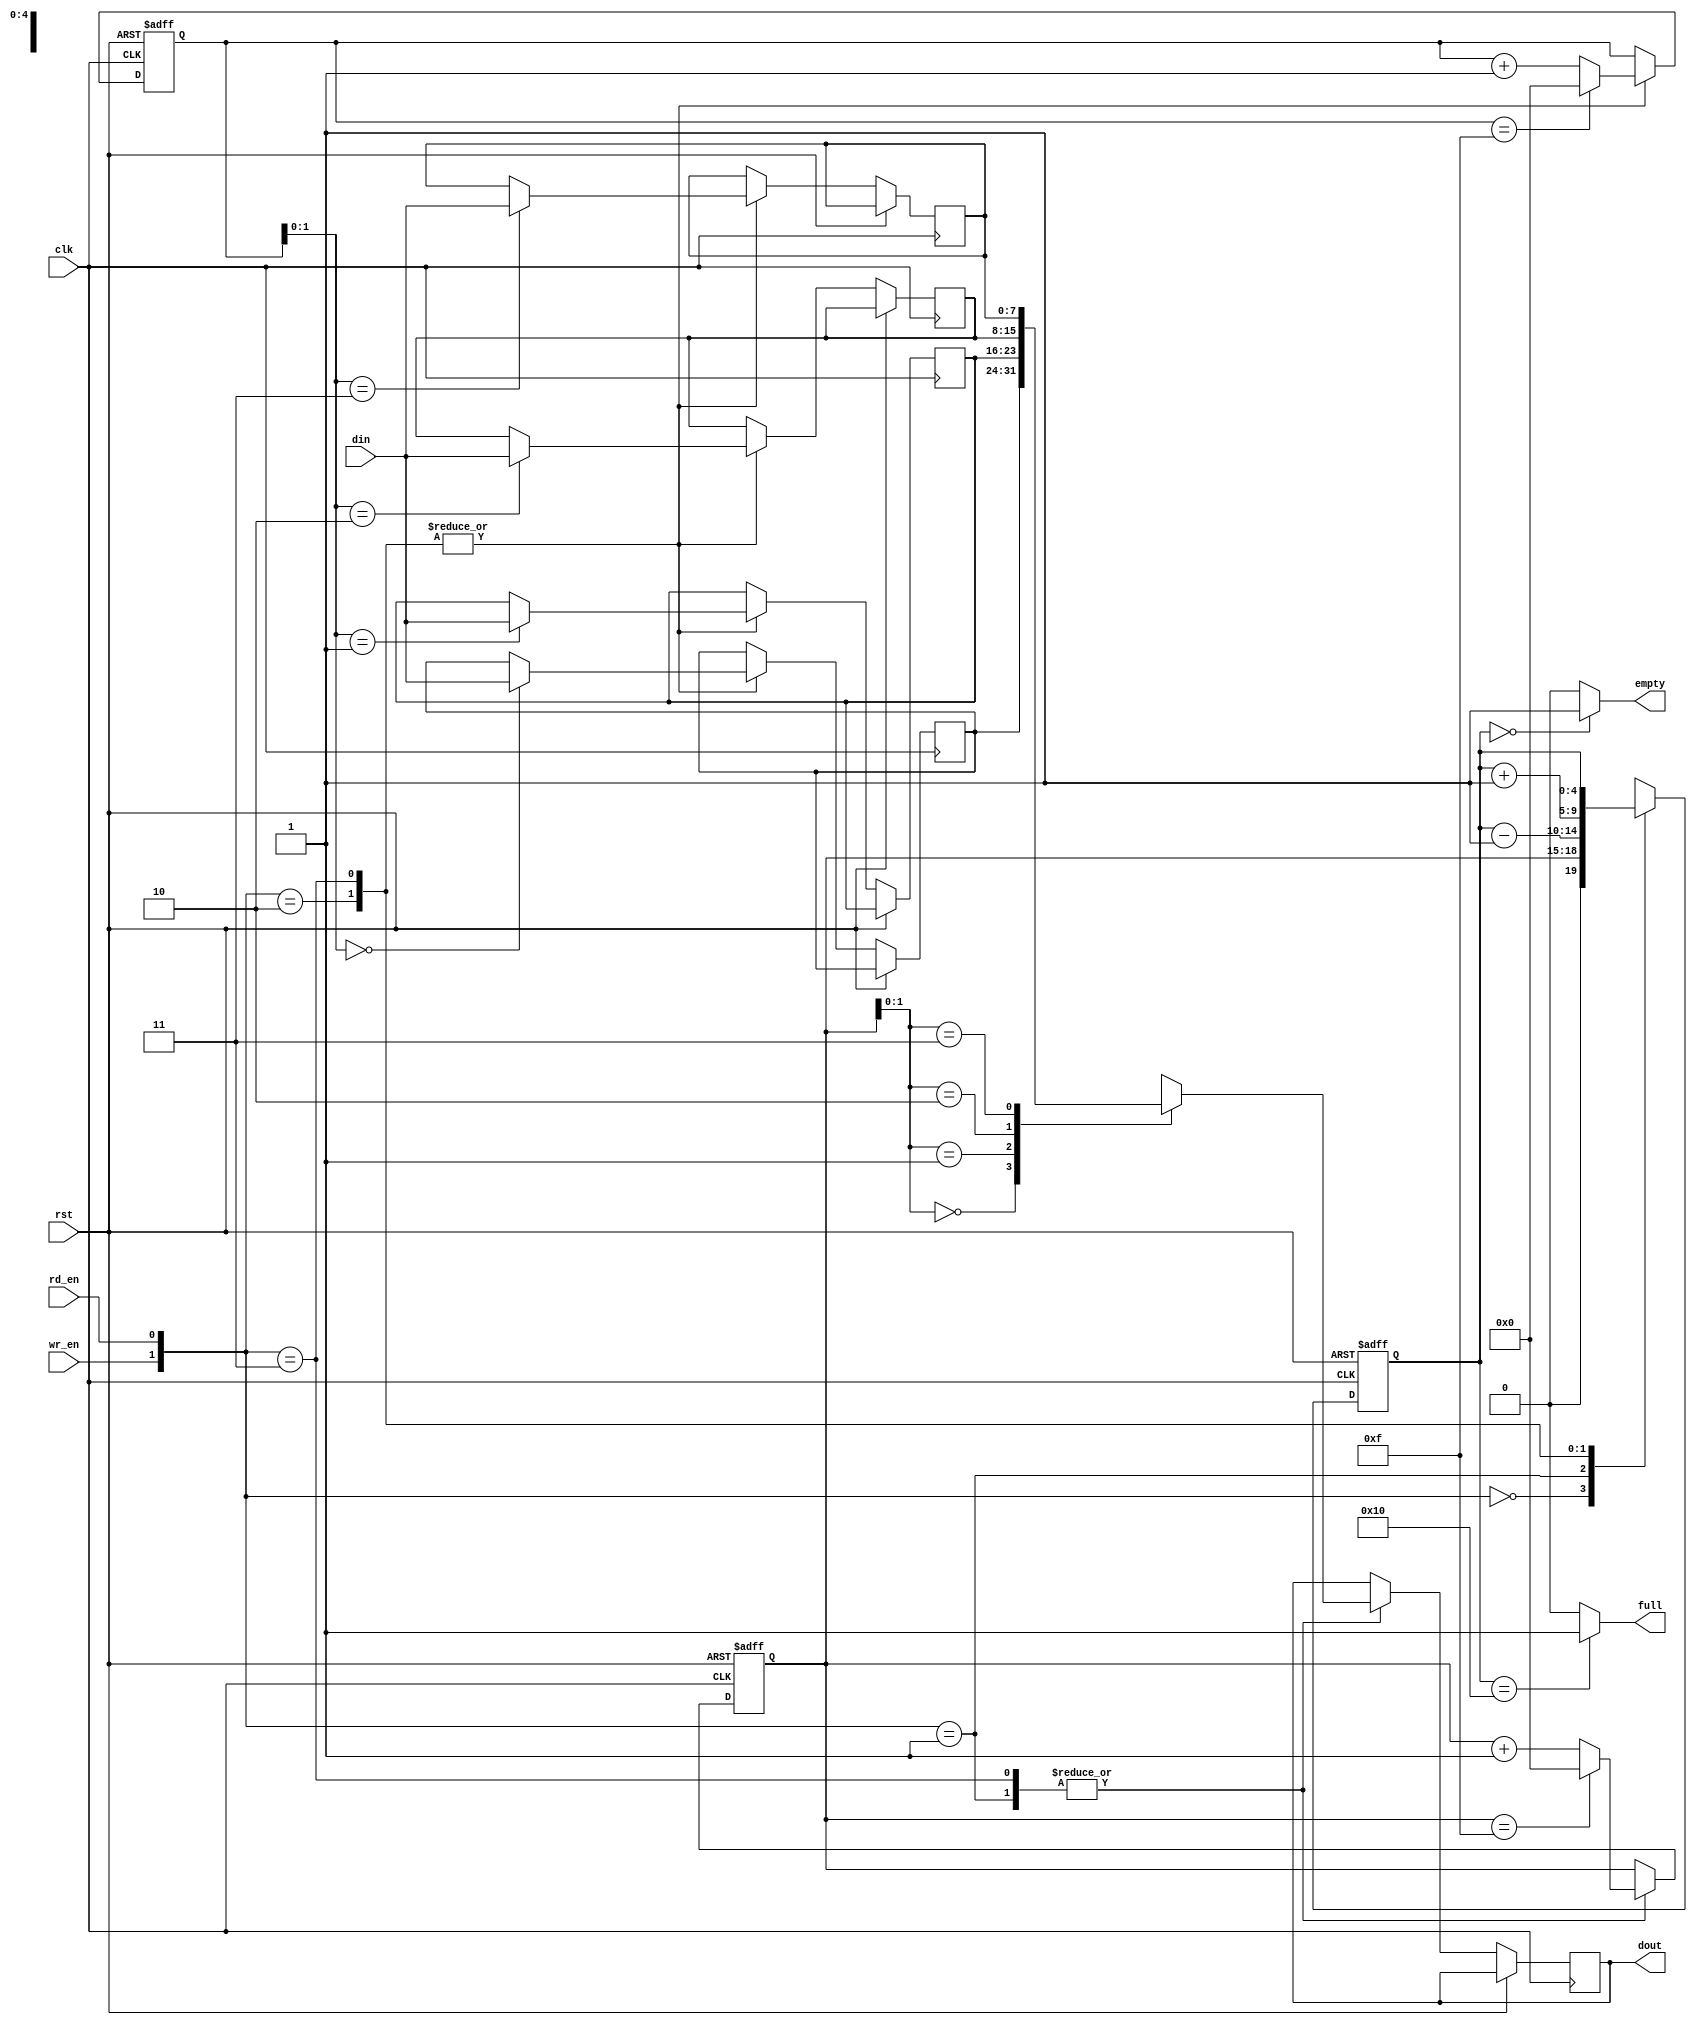
module FIFO_syn (clk,rst,din,dout,wr_en,rd_en,full,empty);
input clk,rst,wr_en,rd_en;
input [7:0] din;
output [7:0] dout;
output full,empty;

reg [7:0] fifo[3:0];
reg [3:0] wr_addr,rd_addr;
reg [4:0] counter;
reg [7:0] dout;

always @ (posedge clk,posedge rst) begin
if (rst) begin wr_addr=0; rd_addr=0; counter=0;end
else begin
case ({wr_en,rd_en})
2'b00 : begin
		wr_addr<=wr_addr;
		rd_addr<=rd_addr;
		counter<=rd_addr;
		end
2'b01 : begin
		dout<=fifo[rd_addr];
		counter<=counter-1;
		if (rd_addr==15) rd_addr<='d0;
		else rd_addr<=rd_addr+1;
		end
2'b10 : begin
		fifo[wr_addr]<=din;
		counter<=counter +1;
		if (wr_addr==15) wr_addr<='d0;
		else wr_addr<=wr_addr+1;
		end
2'b11 : begin
		fifo[wr_addr]<=din;
		dout<=fifo[rd_addr];
		counter<=counter;
		if (wr_addr==15) wr_addr<='d0;
		else wr_addr<=wr_addr+1;
		if (rd_addr==15) rd_addr<='d0;
		else rd_addr<=rd_addr+1;		
		end		
endcase
end
end

assign full = (counter==16) ? 1:0;
assign empty= (counter==0 ) ? 1:0;

endmodule